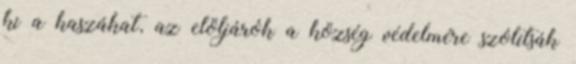
ki a kaszákat, az elöljárók a község védelmére szólítsák